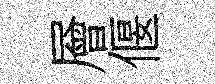
層偃